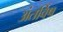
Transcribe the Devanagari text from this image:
अंतर्विष